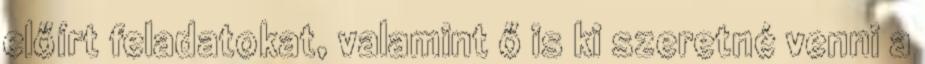
előírt feladatokat, valamint ő is ki szeretné venni a